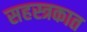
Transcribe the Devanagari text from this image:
सहस्त्रकात